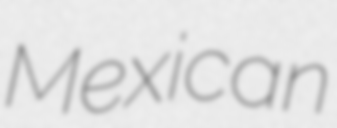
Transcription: Mexican